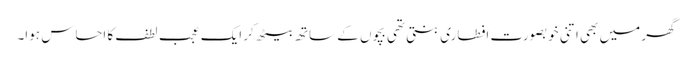
گھر میں بھی اتنی خوبصورت افطاری بنتی تھی بچوں کے ساتھ بیٹھ کر ایک عجب لطف کا احساس ہوا۔